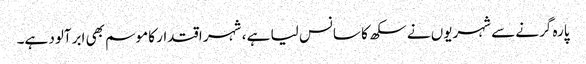
پارہ گرنے سے شہریوں نے سکھ کا سانس لیا ہے ، شہر اقتدار کا موسم بھی ابرآلود ہے۔